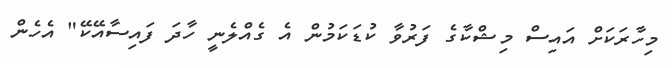
މިހާރަކަށް އައިސް މިޝްކާގެ ފަރުވާ ކުޑަކަމުން އެ ގެއްލެނީ ހާދަ ފައިސާއޭކޭ" އެހެން